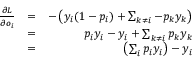
\begin{array} { r l r } { \frac { \partial L } { \partial o _ { i } } } & { = } & { - \left( y _ { i } ( 1 - p _ { i } ) + \sum _ { k \neq i } - p _ { k } y _ { k } \right) } \\ & { = } & { p _ { i } y _ { i } - y _ { i } + \sum _ { k \neq i } p _ { k } y _ { k } } \\ & { = } & { \left( \sum _ { i } p _ { i } y _ { i } \right) - y _ { i } } \end{array}